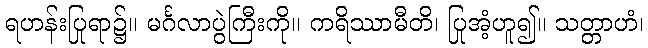
ရဟန်းပြုရာ၌။ မင်္ဂလာပွဲကြီးကို။ ကရိဿာမီတိ၊ ပြုအံ့ဟူ၍။ သတ္တာဟံ၊